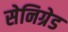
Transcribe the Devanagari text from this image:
सेनिग्रेड